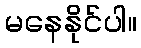
မနေနိုင်ပါ။